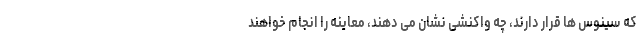
که سینوس ها قرار دارند، چه واکنشی نشان می دهند، معاینه را انجام خواهند